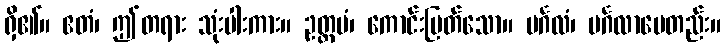
ရှိ၏။ ဧတံ၊ ဤတရား သုံးပါးကား။ ဥတ္တမံ၊ ကောင်းမြတ်သော။ မင်္ဂလံ၊ မင်္ဂလာပေတည်း။